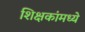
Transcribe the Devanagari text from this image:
शिक्षकांमध्ये